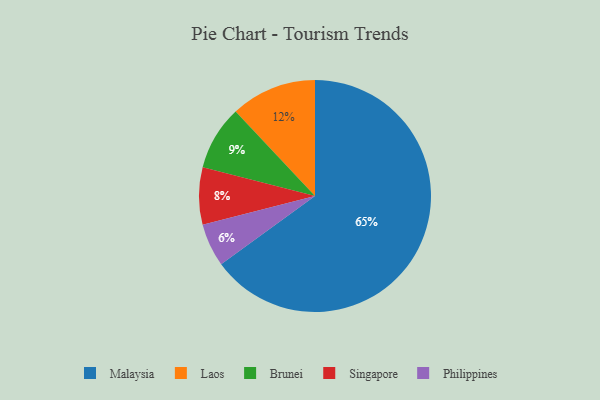
{"axis": {"x": "Category", "y": "Percentage"}, "legend": ["Brunei", "Laos", "Malaysia", "Philippines", "Singapore"], "data": [{"x": "Brunei", "y": 9, "type": "Brunei"}, {"x": "Laos", "y": 12, "type": "Laos"}, {"x": "Philippines", "y": 6, "type": "Philippines"}, {"x": "Malaysia", "y": 65, "type": "Malaysia"}, {"x": "Singapore", "y": 8, "type": "Singapore"}]}